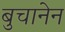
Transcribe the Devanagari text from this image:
बुचानेन